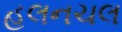
હલનચલ